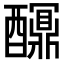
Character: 𨣯